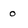
Character: o